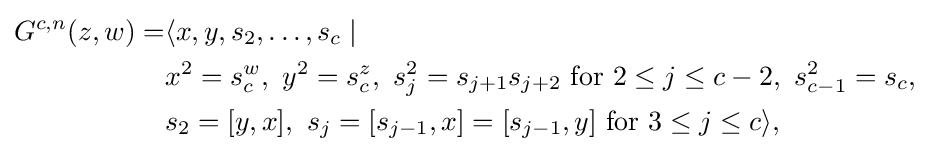
{\begin{aligned}G^{c,n}(z,w)=&\langle x,y,s_{2},\ldots ,s_{c}\mid {}\\&x^{2}=s_{c}^{w},\ y^{2}=s_{c}^{z},\ s_{j}^{2}=s_{j+1}s_{j+2}{\text{ for }}2\leq j\leq c-2,\ s_{c-1}^{2}=s_{c},\\&s_{2}=[y,x],\ s_{j}=[s_{j-1},x]=[s_{j-1},y]{\text{ for }}3\leq j\leq c\rangle ,\end{aligned}}